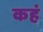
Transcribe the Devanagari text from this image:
कहं